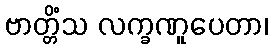
ဗာတ္တိံသ လက္ခဏူပေတာ၊